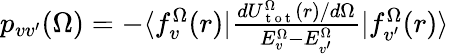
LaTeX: \begin{array}{r}{p_{vv^{\prime}}(\Omega)=-\langle f_{v}^{\Omega}(r)|\frac{dU_{\mathrm{~t~o~t~}}^{\Omega}(r)/d\Omega}{E_{v}^{\Omega}-E_{v^{\prime}}^{\Omega}}|f_{v^{\prime}}^{\Omega}(r)\rangle}\end{array}